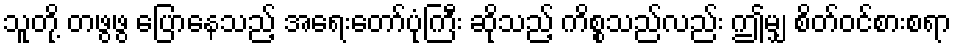
သူတို့ တဖွဖွ ပြောနေသည့် အရေးတော်ပုံကြီး ဆိုသည့် ကိစ္စသည်လည်း ဤမျှ စိတ်ဝင်စားစရာ